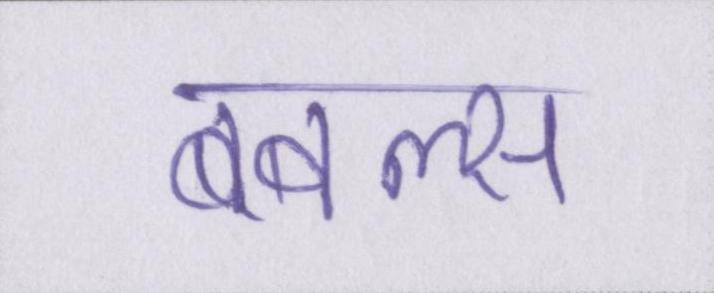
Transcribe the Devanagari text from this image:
बबल्स